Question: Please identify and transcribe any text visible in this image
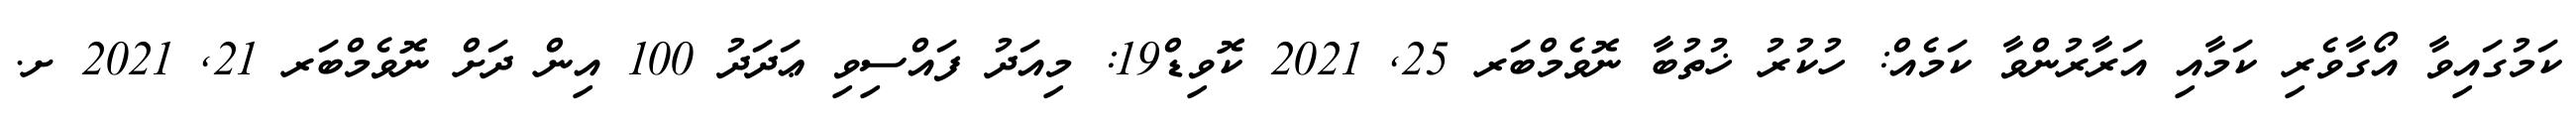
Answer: ކަމުގައިވާ އޯގާވެރި ކަމާއި އަރާރުންވާ ކަމެއް: ހުކުރު ޚުތުބާ ނޮވެމްބަރ 25, 2021 ކޮވިޑް19: މިއަދު ފައްސިވި ޢަދަދު 100 އިން ދަށް ނޮވެމްބަރ 21, 2021 ށ.